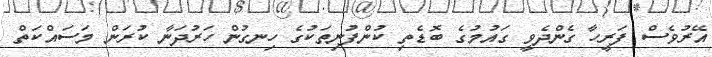
އޭރުވެސް ފަރީހާ ގެންދެވީ ގައުމުގެ ބޮޑެތި ކުންފުނިތަކުގެ ހިނގުން ހަރުދަނާ ކުރަން މަސައްކަތް